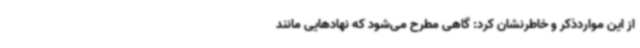
از این مواردذکر و خاطرنشان کرد: گاهی مطرح می‌شود که نهادهایی مانند